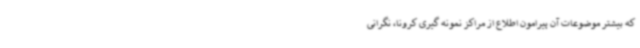
که بیشتر موضوعات آن پیرامون اطلاع از مراکز نمونه گیری کرونا، نگرانی